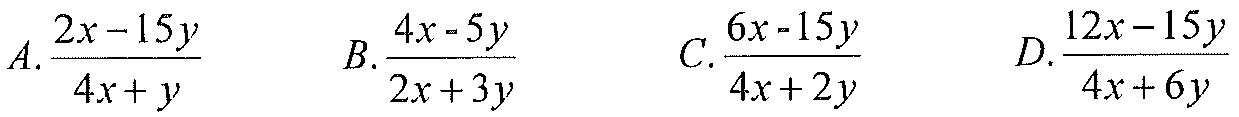
\(A.\frac{2x - 15y}{4x + y}\)  \(B.\frac{4x - 5y}{2x + 3y}\)  \(C.\frac{6x - 15y}{4x + 2y}\)  \(D.\frac{12x - 15y}{4x + 6y}\)